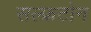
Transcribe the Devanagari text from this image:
सल्फ्रटोन